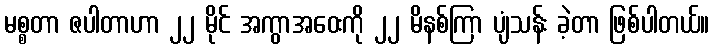
မစ္စတာ ဇပါတာဟာ ၂၂ မိုင် အကွာအဝေးကို ၂၂ မိနစ်ကြာ ပျံသန်း ခဲ့တာ ဖြစ်ပါတယ်။